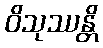
ဝိသုဿန္တိ